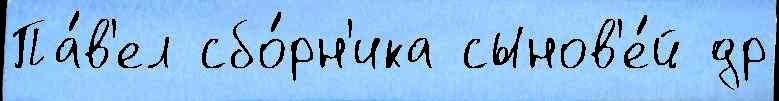
Па́в'ел сбо́рн'ика сынов'е́й др